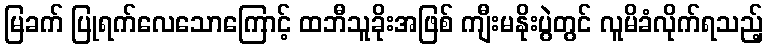
မြခက် ပြုရက်လေသောကြောင့် ထဘီသူခိုးအဖြစ် ကျီးမနိုးပွဲတွင် လူမိခံလိုက်ရသည့်